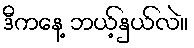
ဒီကနေ့ ဘယ့်နှယ်လဲ။